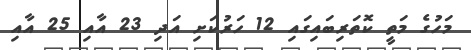
މަހުގެ މަތީ ކޮތަރިބައިގައި 12 ހަރުކަށި އަދި 23 އާއި 25 އާއި